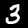
Label: 3